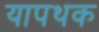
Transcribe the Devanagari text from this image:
यापथक